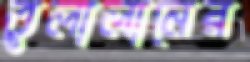
তুলালানের